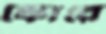
স্কোরে